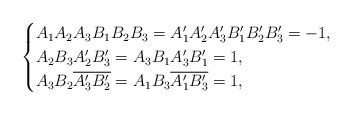
LaTeX: \begin{align*}\begin{cases}A_{1}A_{2}A_{3}B_{1}B_{2}B_{3}=A_{1}'A_{2}'A_{3}'B_{1}'B_{2}'B_{3}'=-1,\\A_{2}B_{3}A_{2}'B_{3}'=A_{3}B_{1}A_{3}'B_{1}'=1,\\A_{3}B_{2}\overline{A_{3}'B_{2}'}=A_{1}B_{3}\overline{A_{1}'B_{3}'}=1,\end{cases}\end{align*}